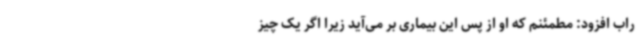
راب افزود: مطمئنم که او از پس این بیماری بر می‌آید زیرا اگر یک چیز